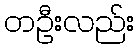
တဦးလည်း